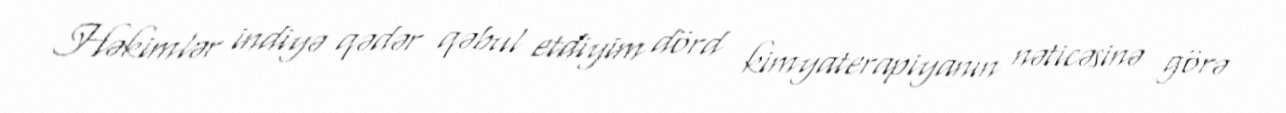
Həkimlər indiyə qədər qəbul etdiyim dörd kimyaterapiyanın nəticəsinə görə